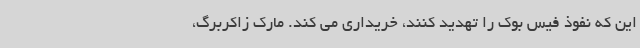
این که نفوذ فیس بوک را تهدید کنند، خریداری می کند. مارک زاکربرگ،